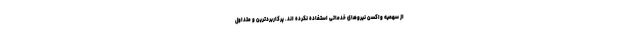
از سهمیه واکسن نیروهای خدماتی استفاده نکرده اند. پرکاربردترین و متداول